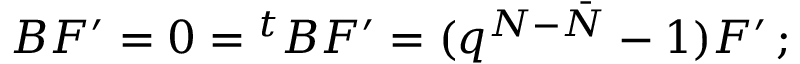
B { \cal F } ^ { \prime } = 0 = { ^ t B } { \cal F } ^ { \prime } = ( q ^ { N - \bar { N } } - 1 ) { \cal F } ^ { \prime } \, ;